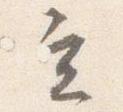
立